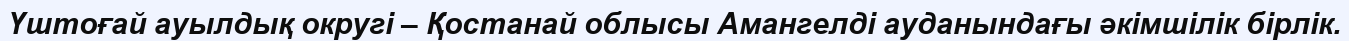
Үштоғай ауылдық округі – Қостанай облысы Амангелді ауданындағы әкімшілік бірлік.